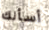
أسألك